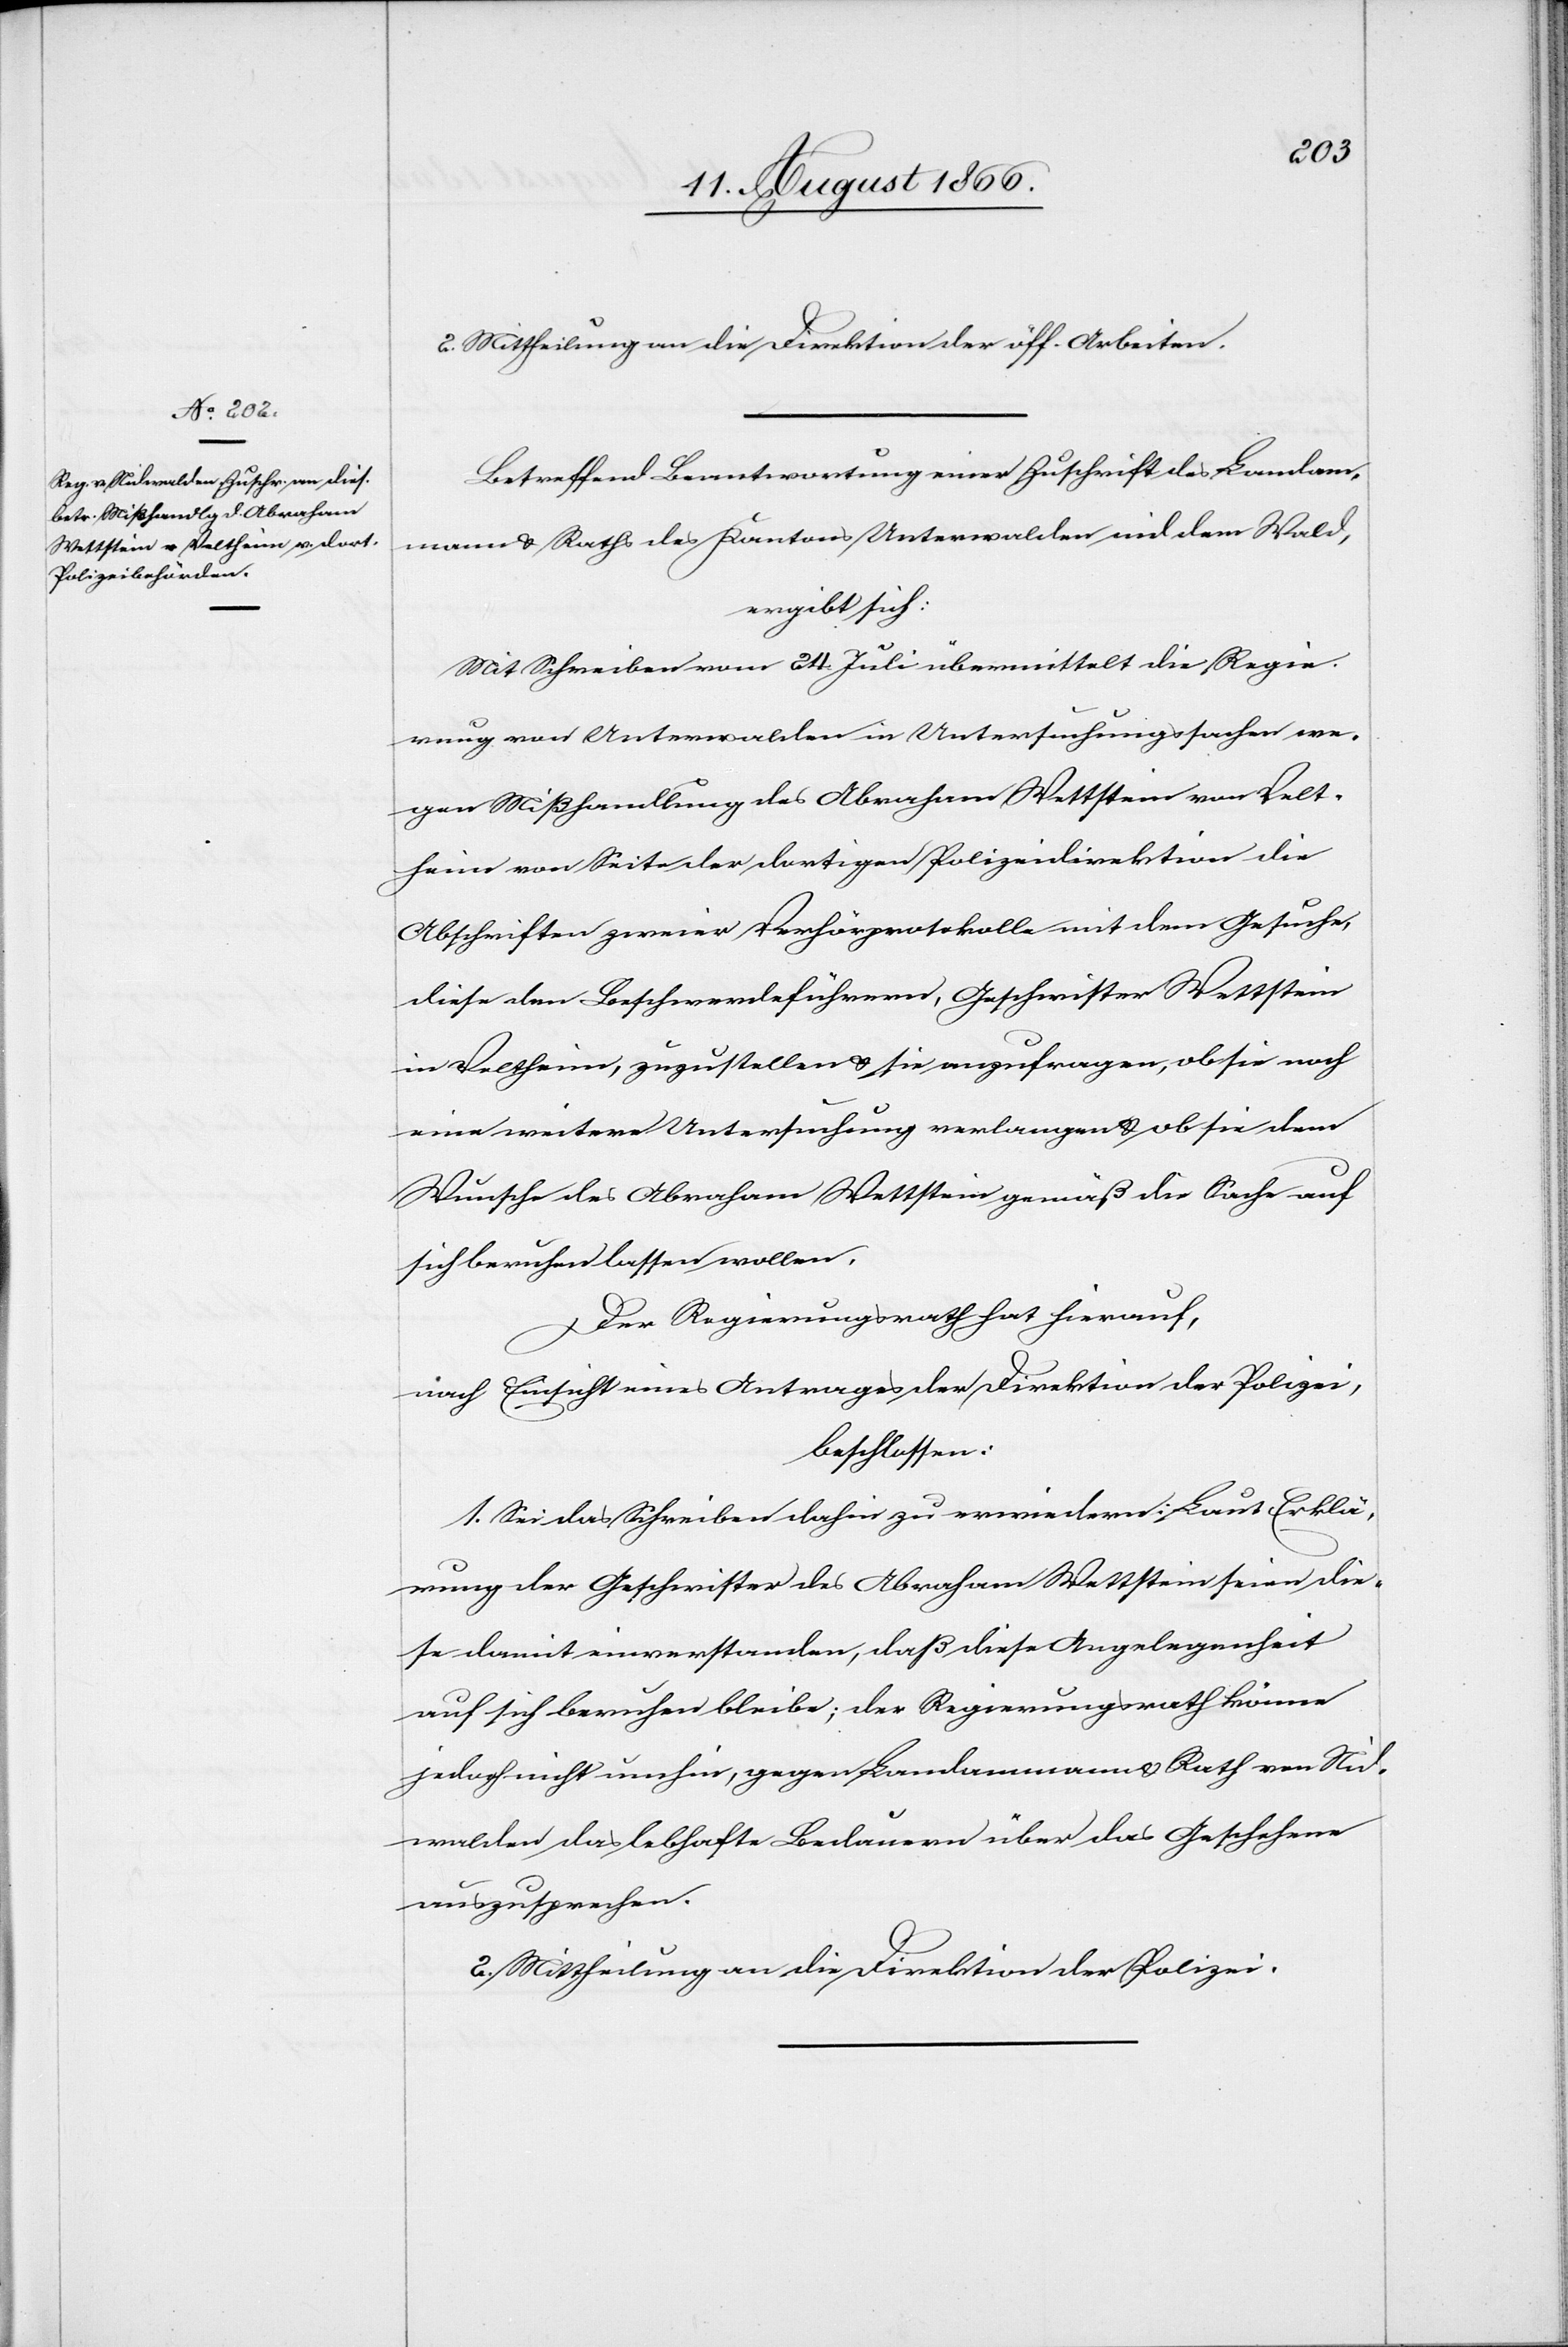
2. Mittheilung an die Direktion der öff. Arbeiten.
Betreffend Beantwortung einer Zuschrift des Landam¬
mann u. Raths des Kantons Unterwalden nid den Wald,
ergibt sich:
Mit Schreiben vom 24. Juli übermittelt die Regie¬
rung von Unterwalden in Untersuchungssachen we¬
gen Mißhandlung des Abraham Wettstein von Velt¬
heim von Seite der dortigen Polizeidirektion die
Abschriften zweier Verhörprotokolle mit dem Gesuche,
diese den Beschwerdeführern, Geschwister Wettstein
in Veltheim, zuzustellen u. sie anzufragen, ob sie noch
eine weitere Untersuchung verlangen u. ob sie dem
Wunsche des Abraham Wettstein gemäß die Sache auf
sich beruhen lassen wollen.
Der Regierungsrath hat hierauf,
nach Einsicht eines Antrages der Direktion der Polizei,
beschlossen:
1. Sei das Schreiben dahin zu erwiedern: Laut Erklä¬
rung der Geschwister des Abraham Wettstein seien die¬
se damit einverstanden, daß diese Angelegenheit
auf sich beruhen bleibe; der Regierungsrath könne
jedoch nicht umhin, gegen Landammann und Rath von Nid¬
walden das lebhafte Bedauern über das Geschehene
auszusprechen.
2. Mittheilung an die Direktion der Polizei.